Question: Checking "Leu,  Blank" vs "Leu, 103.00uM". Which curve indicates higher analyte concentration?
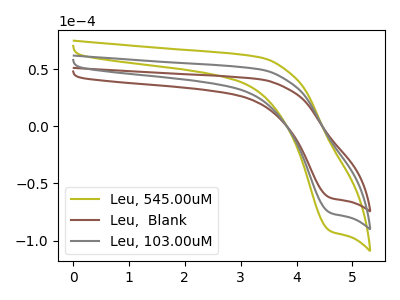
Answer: <think>The olive curve "Leu, 545.00uM" has a cathodic peak at: (4.60V, -151.60uA). The brown curve "Leu,  Blank" has a cathodic peak at: (4.60V, -62.60uA). The gray curve "Leu, 103.00uM" has a cathodic peak at: (4.60V, -75.80uA).
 All the peaks in "Leu,  Blank" have a peak in "Leu, 103.00uM" at the same potential. Every peak in "Leu,  Blank" is lower than every peak in "Leu, 103.00uM".</think>
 <answer>"Leu,  Blank" has less signal than "Leu, 103.00uM" and so likely has a lower concentration.</answer>
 <eval>less_concentration</eval>